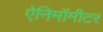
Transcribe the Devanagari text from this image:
ऐनिमॉमीटर